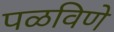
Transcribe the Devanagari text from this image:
पळविणे